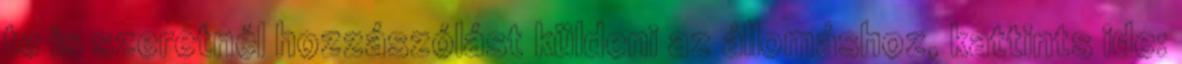
te is szeretnél hozzászólást küldeni az állomáshoz, kattints ide: